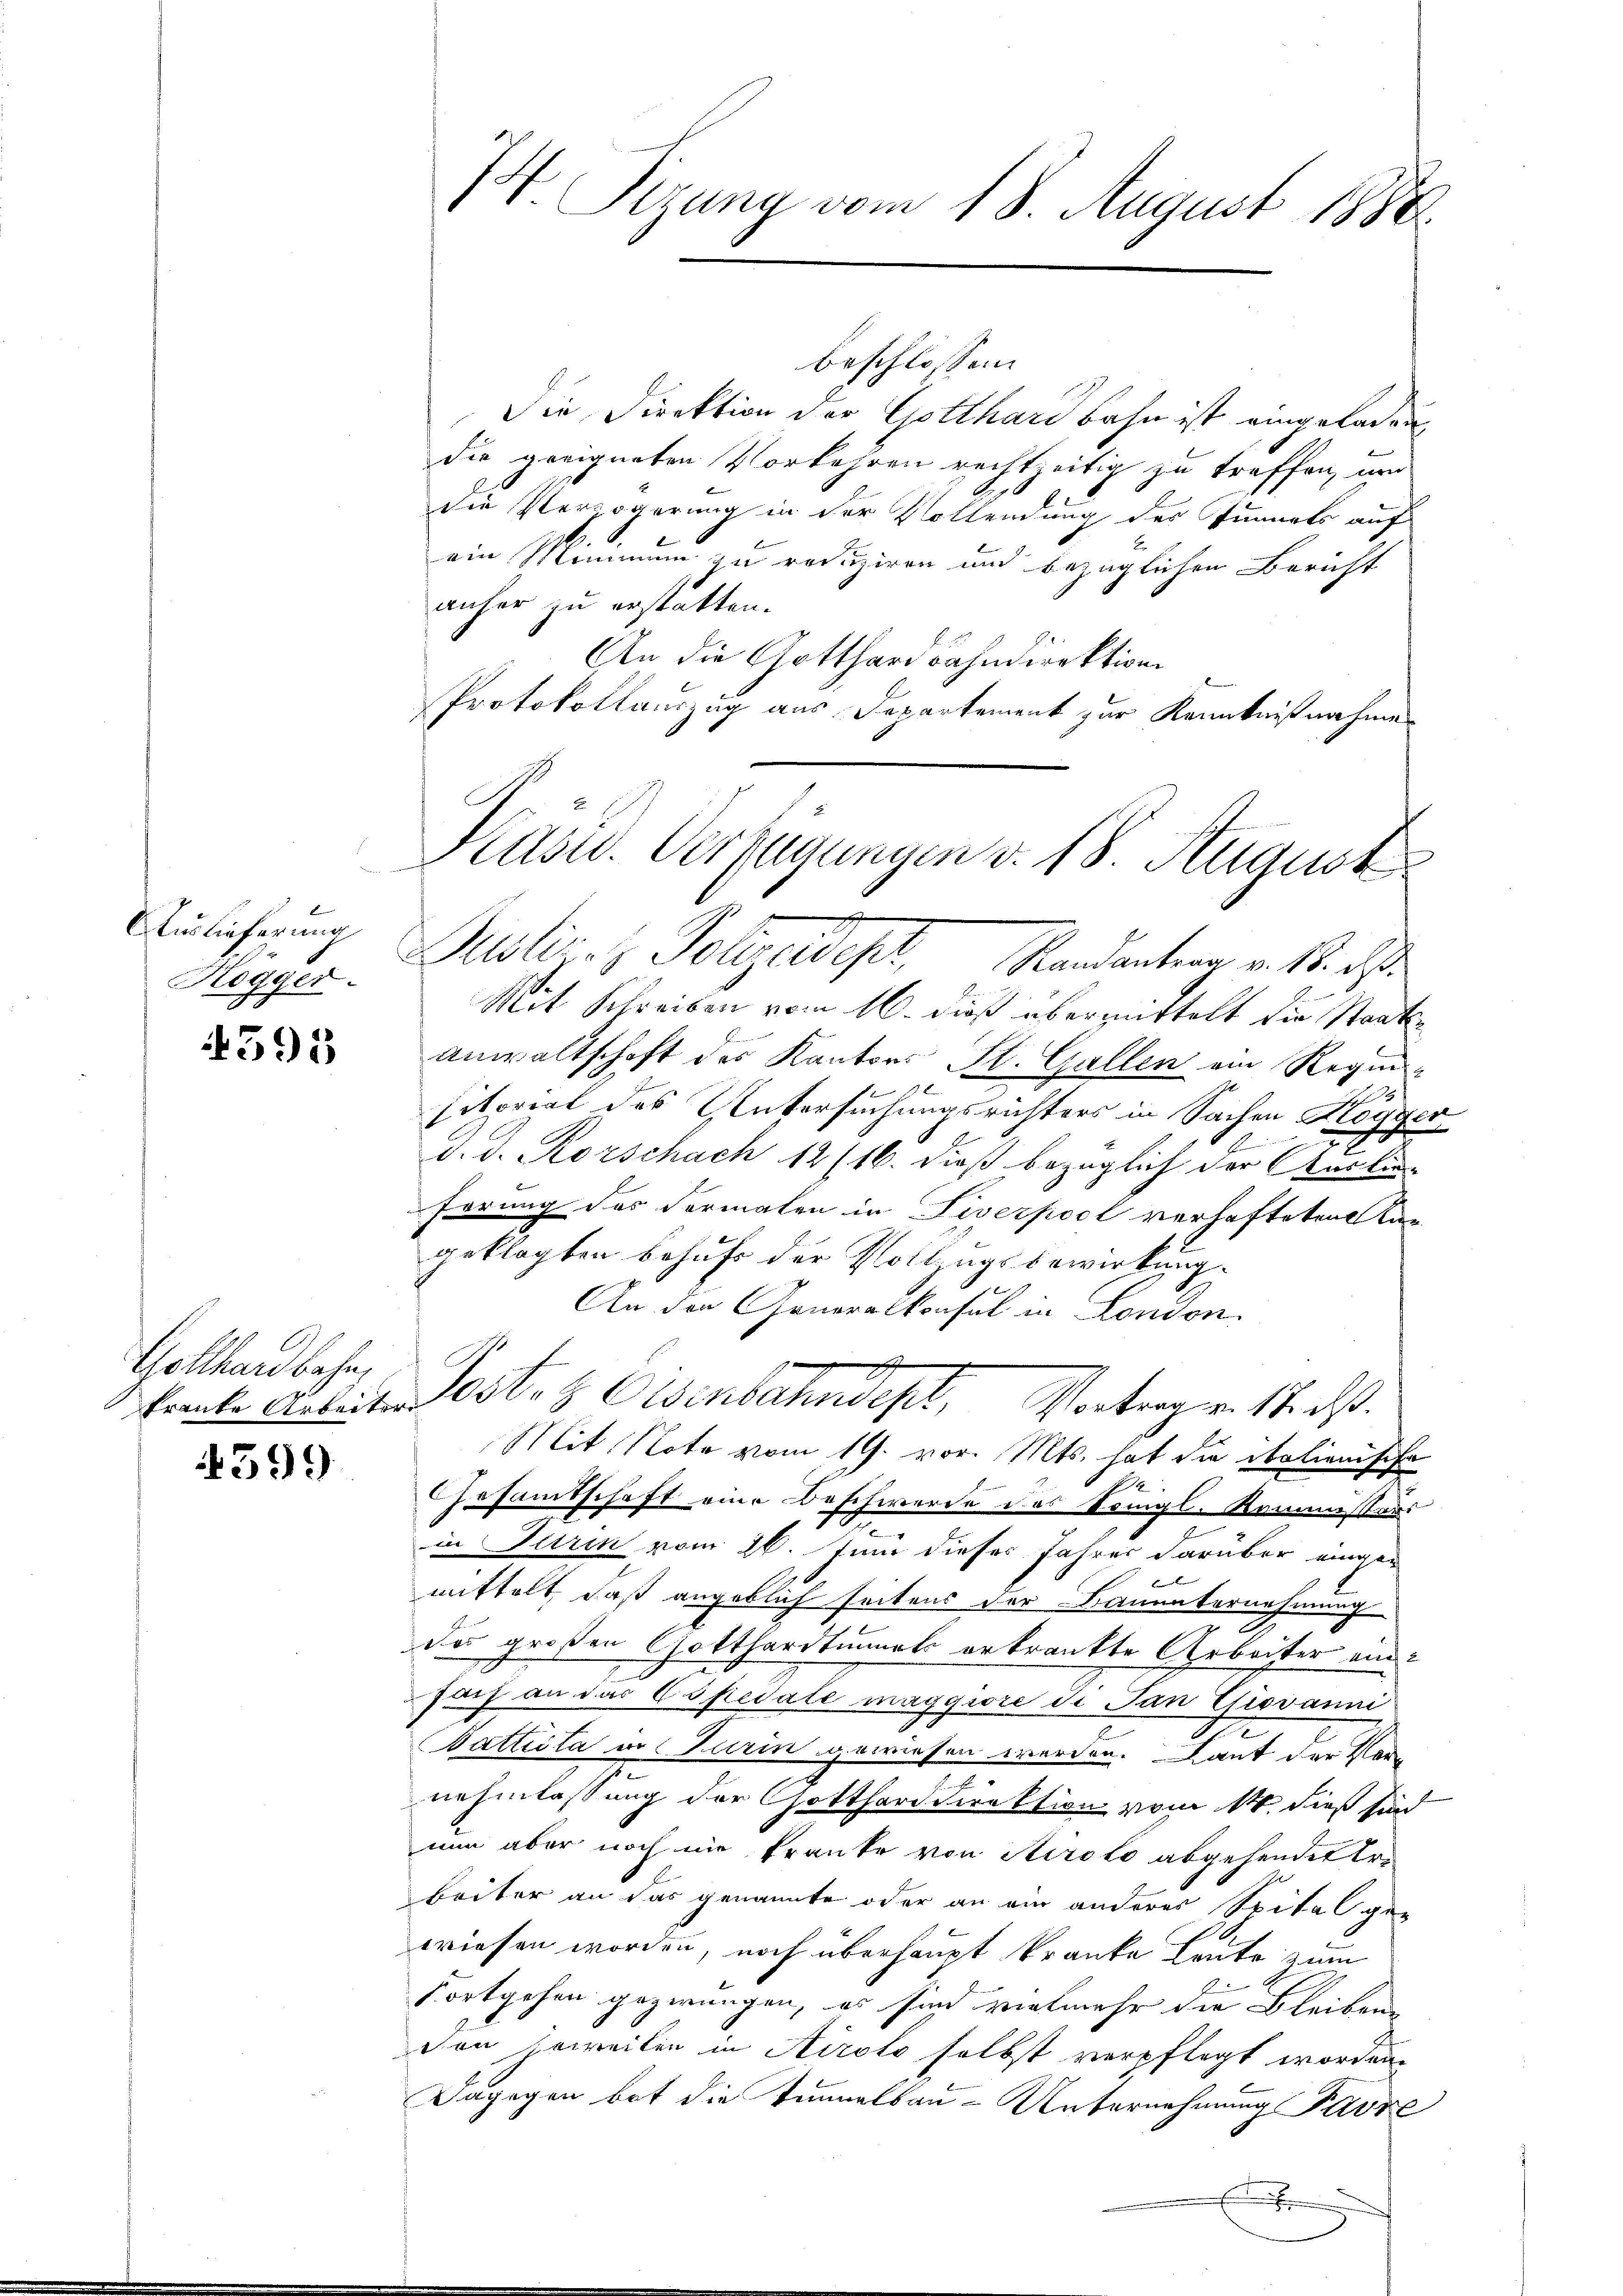
.
Auslieferung
Högger.

4595

Gollhardbahn.

4599

/4 Sizung vom 18. August 1888.

beschlossen:
Die Direktion der Gotthardbahn ist eingeladen
die geeigneten Vorkehren rechtzeitig zu treffen, um
die Persögerung in der Vollendung des Tunnels auf
ein Mimmung zu reduziren und bezüglichen Bericht
anher zu erstatten.
An die Gotthardbahndirektion
Protokollauszug aus Departement zur Kenntnißnahme
Justiz- & Polizeidisch, Mandanten v. 18. ds
Mit Schreiben vom 16. dieß übermittelt die Staats
Anwaltschaft des Kantons St. Gallen ein Regie
sitoriat des Untersuchungsrichters in Sachen Kogger,
x
d. d. Rorschach 12/16. dieß bezüglich der Auskun-
hörung des Formalen in Siverpool verhafteten Kan
geklagten behufs der Vollzugsbewirkung
An den Generalkonsul in London.

kranke Arbeiter Post. Osenbahndept, Vortrag v. 17. ds.
Mit Note vom 19. vor. Mts. hat die italienische
Gesamtschaft eine Beschwerde des Königl. Kommissärs
in Turin vom 26. Juni dieses Jahres darüber eingeb
mittelt, daß angeblich seitens der Bauunternehmung
des großen Gotthardtunnels erkränkte Arbeiter einfach an das Copedale maggiore di San Giovann
Wattita in Turin gewiesen werden. Laut der Vor-
nehmlassung der Gotthard direktion vom 14. dieß sin
nun aber noch in Franke von Airolo abgehendet er
beiter an das genannte oder an ein anderes Spital ge-
wiesen worden, noch überhaupt kranke Bruto zum
Fortgehen gezwungen, es sind vielmehr die Bleiben
don soweiten in Airolo selbst verpflegt worden.
Dagegen bot die Tennalbau-Unternehmung Pavie
E

Kasu. Verfügungen v. 18. August